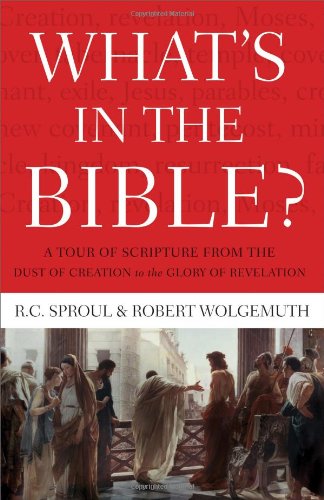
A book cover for What's In the Bible: A Tour of Scripture from the Dust of Creation to the Glory of Revelation; R.C. Sproul; Christian Books & Bibles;